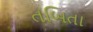
તબિતા